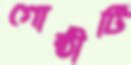
গোষ্ঠীটি